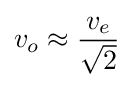
v_{o}\approx {\frac {v_{e}}{\sqrt {2}}}